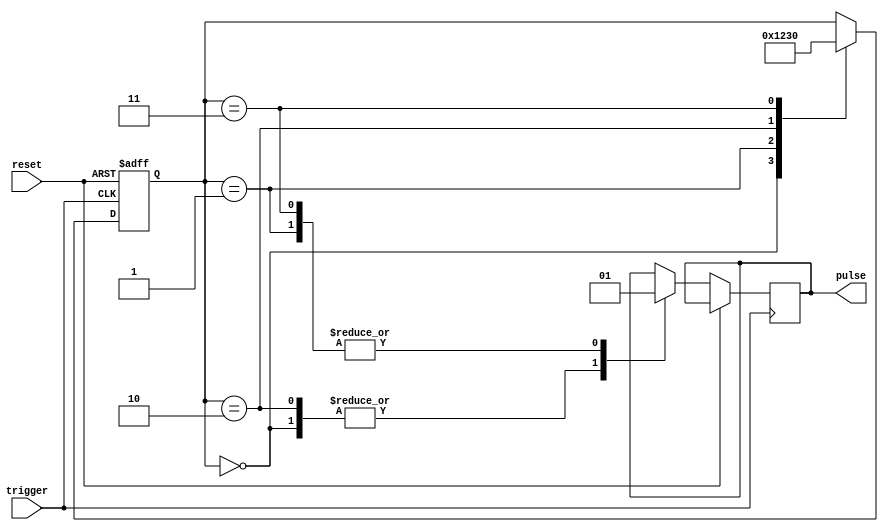
module async_pulse_generator (
    input trigger,
    input reset,

    output reg pulse
);

reg [3:0] state;

always @(posedge trigger or posedge reset)
begin
    if (reset)
        state <= 0;
    else
        case (state)
            0: begin
                pulse <= 0;
                state <= 1;
            end
            1: begin
                pulse <= 1;
                state <= 2;
            end
            2: begin
                pulse <= 0;
                state <= 3;
            end
            3: begin
                pulse <= 1;
                state <= 0;
            end
        endcase
end

endmodule